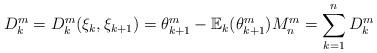
LaTeX: \begin{align*}D_{k}^{m}=D_{k}^{m}(\xi_{k},\xi_{k+1})=\theta_{k+1}^{m}-\mathbb{E}_{k}(\theta_{k+1}^{m})M_{n}^{m}=\sum_{k=1}^{n}D_{k}^{m}\end{align*}